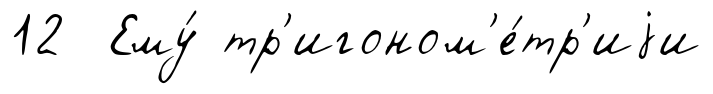
12 Ему́ тр'игоном'е́тр'иjи